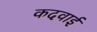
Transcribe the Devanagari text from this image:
कदवाई